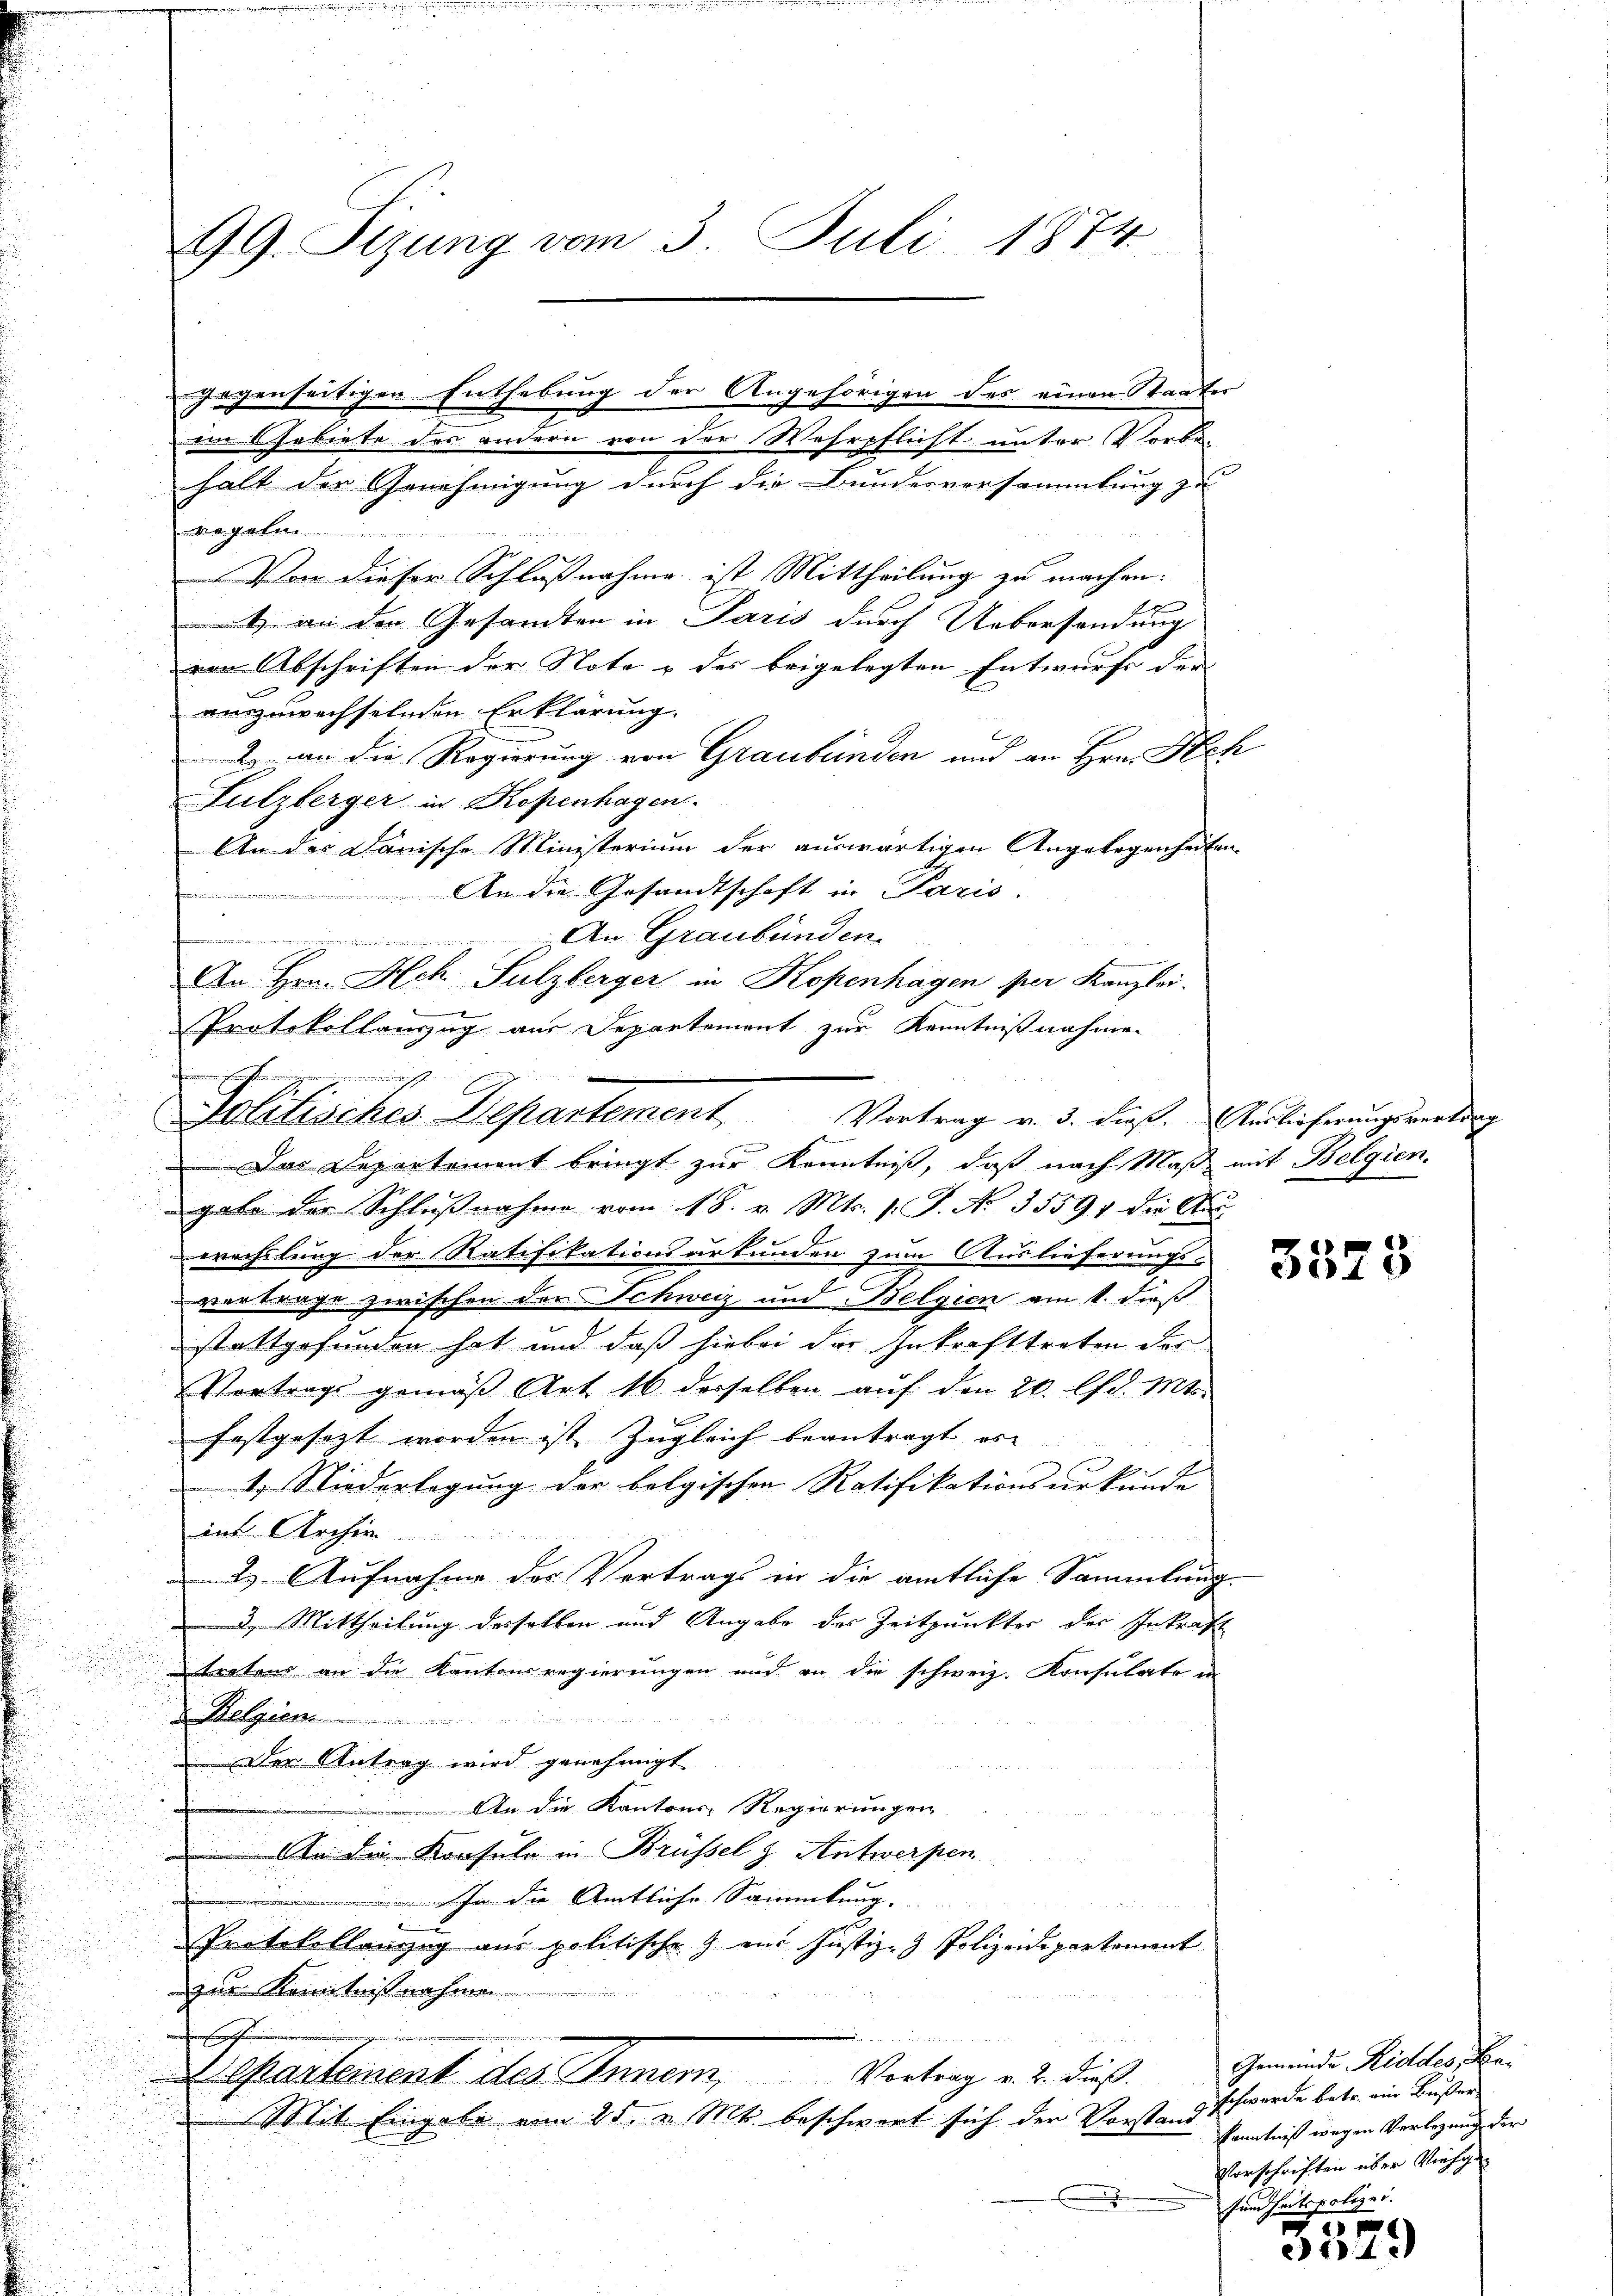
99. Sizung vom 3. Juli 1874

halt der Genehmigung durch die Bundesversammlung zu
regale
Von dieser Schlußnahme ist Mittheilung zu machen.
t an den Gesandten in Paris durch Uebersendung
von Abschriften der Nota & des beigelegten Entwurfs der
auszuwechselnden Erklärung.
2. an die Regierung von Graubünden und an Hrn. Hch
Fulzberger in Kopenhagen.
An das Danische Ministerium der auswärtigen Angelegenheiten
An die Gesandtschaft in Paris.

An Graubünden

An Hrn. Hch. Sulzberger in Kopenhagen per Kanzlei.
Protokollanzug aus Departemont zur Kenntnißnahmen
iihrichter
Vortrag v. 3. dieß. Auslieferungsvertrag
Das Departement bringt zur Kenntniß, daß nach Maß mit Belgien.
gabe der Schlußnahme vom 18. v. Mts. 1. J. No. 35591 die Aus
wechslung der Ratifikationsartunden zum Auslieferungs-
vertrage zwischen der Schweiz und Belgien am 1. daß
stattgefunden hat und daß hiebei der Inkrafttreten der
Vortrage gemäβ Art 16 desselben aŭf den 20. lfd. Mts.
festgesezt worden ist zugleich beantragt, es
2
1.) Niederlegung der belgischen Ratifikationsurkunde
in Archiv
2.) Aufnahme des Vertrags in die amtliche Sammlung
3. Mittheilung desselben und Angabe des Zeitpunkter der Inkraft
tretens an die Kantonsregierungen und an die schweiz. Konsulate in
8 Allgem
Der Antrag wird genehmigt
In die Kantons Regierungen
In die Konsule in Brüssel & Antwerpen
In die Amtliche Sammlung.
Protokollanzug aus politische Z. aus Justiz- Polizeidepartement
zur Kenntnißnahmen.
hien sich
Departement des Inner, Vortrag u. 2. dieß.
Mit Eingabe vom 25. v. Mts. beschwert sich der Vorstand schwerde betr. ein Bußer¬

gegenseitigen Enthebung der Angehörigen des einen Staater
im Gebiete des andern von der Wehrpflicht unter Vorbe-

Politisches Departement

3573

Gemeinde Riddes, Na¬
Kenntniß wegen Verlegung der
Vorschriften über Viehge
sundheitspolizei.
/

3529)